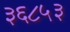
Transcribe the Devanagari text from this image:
३६८५३